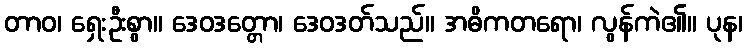
တာဝ၊ ရှေးဦးစွာ။ ဒေဝဒတ္တော၊ ဒေဝဒတ်သည်။ အဓိကတရော၊ လွန်ကဲ၏။ ပုန၊